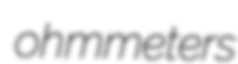
ohmmeters